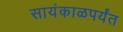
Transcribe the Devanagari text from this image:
सायंकाळपर्यंत